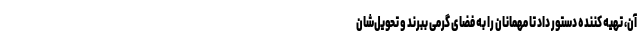
آن، تهیه کننده دستور داد تا مهمانان را به فضای گرمی ببرند و تحویل‌شان